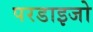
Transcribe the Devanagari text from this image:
परडाइजो